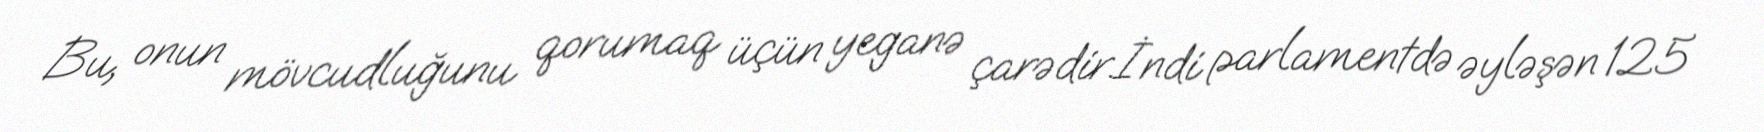
Bu, onun mövcudluğunu qorumaq üçün yeganə çarədir.İndi parlamentdə əyləşən 125